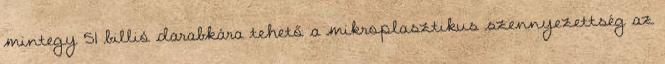
mintegy 51 billió darabkára tehető a mikroplasztikus szennyezettség az